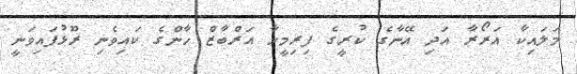
މަލައިކާ އަރޯރާ އަދި އޭނާގެ ކުރީގެ ފިރިމީހާ އަރްބާޒް ހާންގެ ކައިވެނި ރޫޅުފައިވަނީ